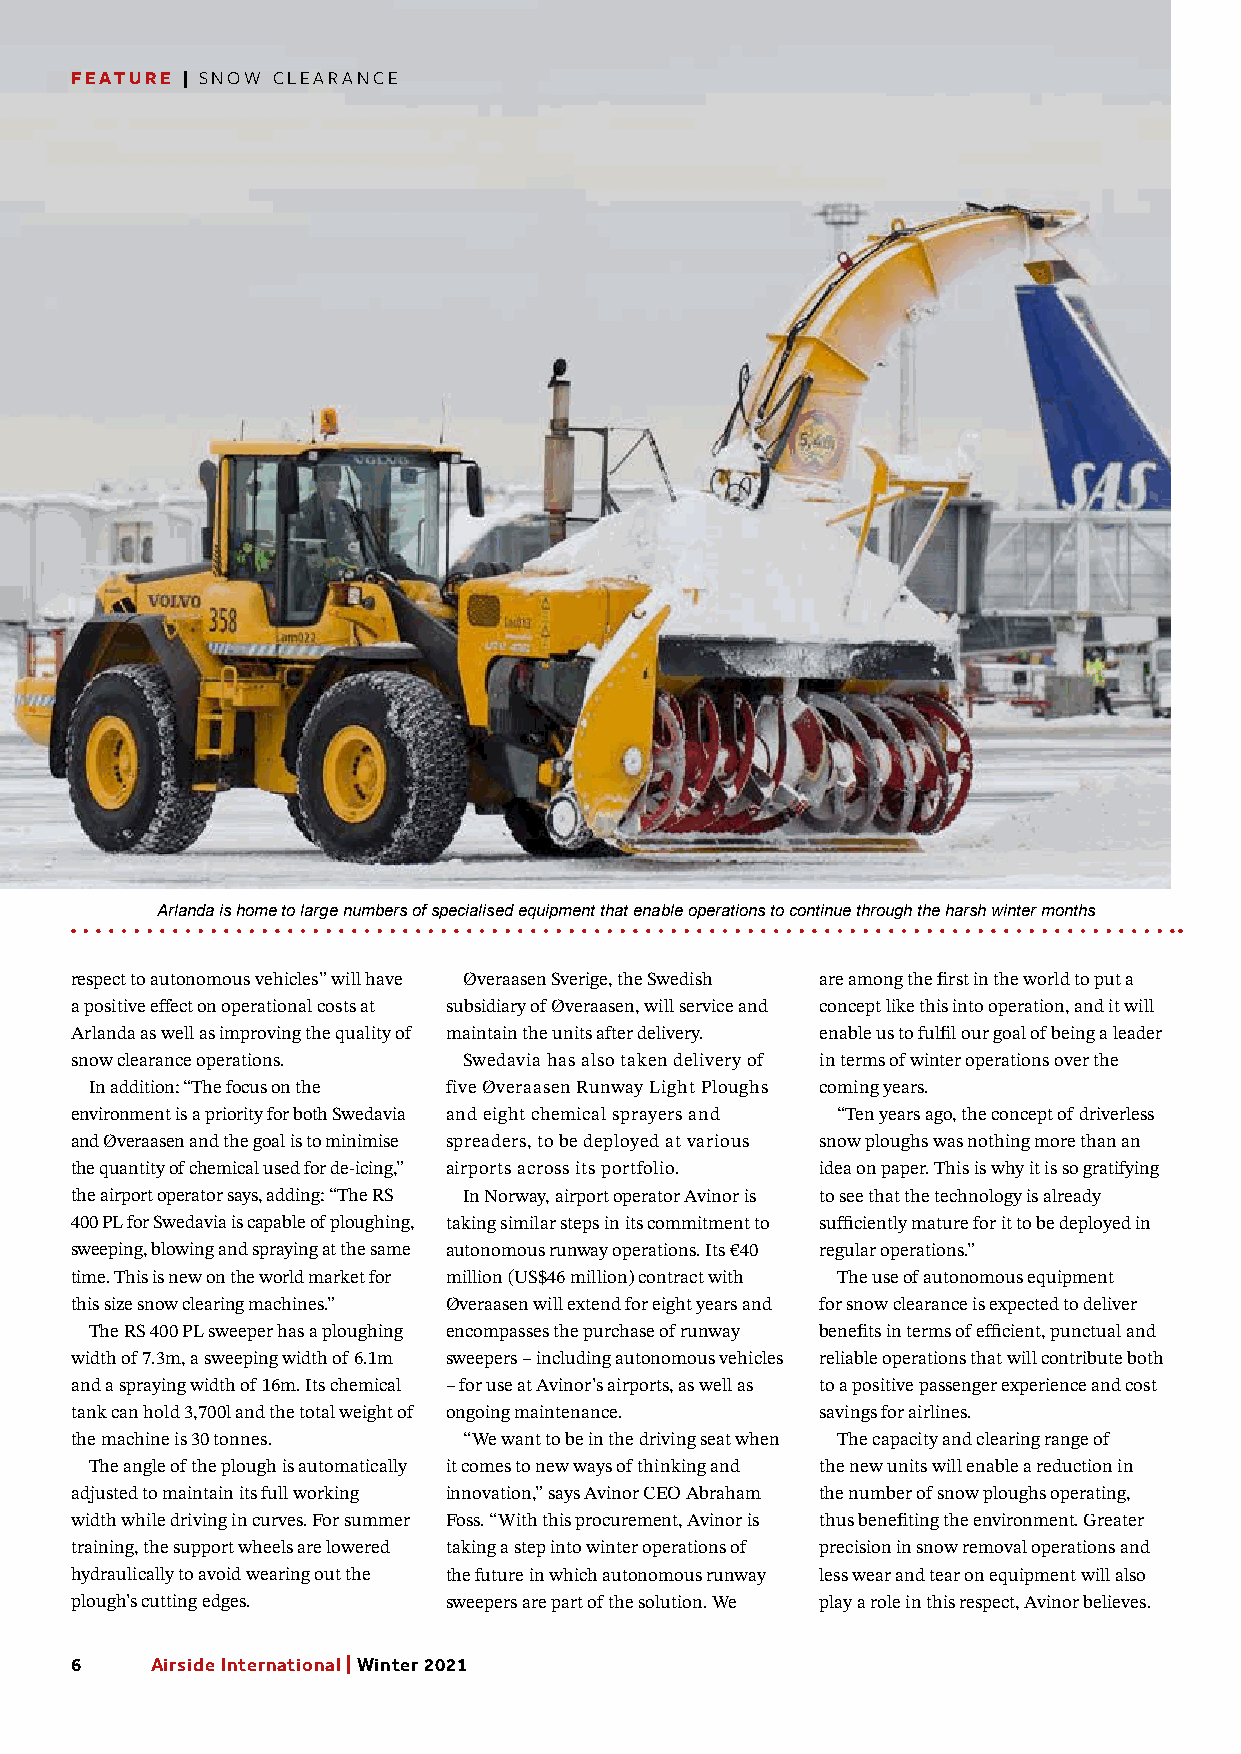
FEATURE | SNOW CLEARANCE
 Arlanda is home to large numbers of specialised equipment that enable operations to continue through the harsh winter months
 respect to autonomous vehicles” will have Øveraasen Sverige, the Swedish are among the first in the world to put a
 a positive effect on operational costs at subsidiary of Øveraasen, will service and concept like this into operation, and it will
 Arlanda as well as improving the quality of maintain the units after delivery. enable us to fulfil our goal of being a leader
 snow clearance operations. Swedavia has also taken delivery of in terms of winter operations over the
 In addition: “The focus on the five Øveraasen Runway Light Ploughs coming years.
 environment is a priority for both Swedavia and eight chemical sprayers and “Ten years ago, the concept of driverless
 and Øveraasen and the goal is to minimise spreaders, to be deployed at various snow ploughs was nothing more than an
 the quantity of chemical used for de-icing,” airports across its portfolio. idea on paper. This is why it is so gratifying
 the airport operator says, adding: “The RS In Norway, airport operator Avinor is to see that the technology is already
 400 PL for Swedavia is capable of ploughing, taking similar steps in its commitment to sufficiently mature for it to be deployed in
 sweeping, blowing and spraying at the same autonomous runway operations. Its €40 regular operations.”
 time. This is new on the world market for million (US$46 million) contract with The use of autonomous equipment
 this size snow clearing machines.” Øveraasen will extend for eight years and for snow clearance is expected to deliver
 The RS 400 PL sweeper has a ploughing encompasses the purchase of runway benefits in terms of efficient, punctual and
 width of 7.3m, a sweeping width of 6.1m sweepers – including autonomous vehicles reliable operations that will contribute both
 and a spraying width of 16m. Its chemical – for use at Avinor’s airports, as well as to a positive passenger experience and cost
 tank can hold 3,700l and the total weight of ongoing maintenance. savings for airlines.
 the machine is 30 tonnes. “We want to be in the driving seat when The capacity and clearing range of
 The angle of the plough is automatically it comes to new ways of thinking and the new units will enable a reduction in
 adjusted to maintain its full working innovation,” says Avinor CEO Abraham the number of snow ploughs operating,
 width while driving in curves. For summer Foss. “With this procurement, Avinor is thus benefiting the environment. Greater
 training, the support wheels are lowered taking a step into winter operations of precision in snow removal operations and
 hydraulically to avoid wearing out the the future in which autonomous runway less wear and tear on equipment will also
 plough’s cutting edges. sweepers are part of the solution. We play a role in this respect, Avinor believes.
 6    Airside International | Winter 2021